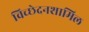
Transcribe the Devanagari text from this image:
विच्छेदनशामिल